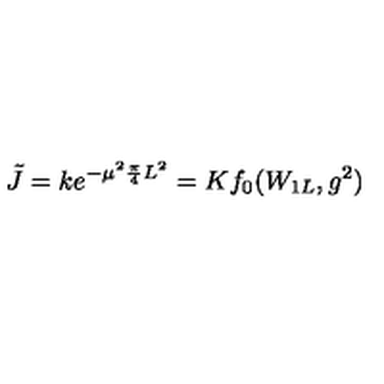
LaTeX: \tilde { J } = k e ^ { - \mu ^ { 2 } \frac { \pi } { 4 } L ^ { 2 } } = K f _ { 0 } ( W _ { 1 L } , g ^ { 2 } )